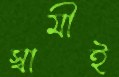
স্বামীই